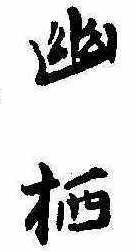
幽棲